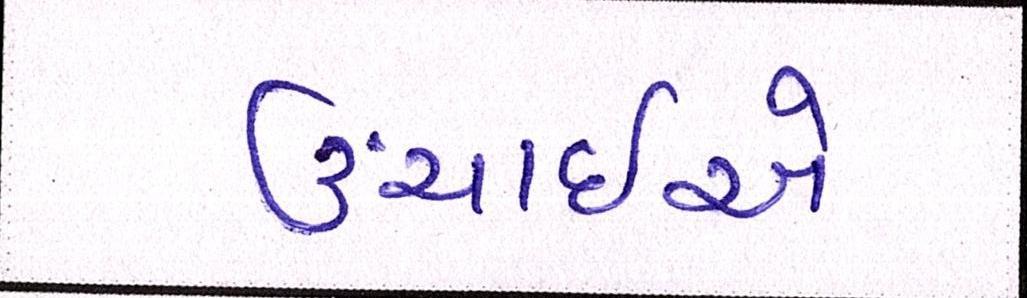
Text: ઉંચાઈએ